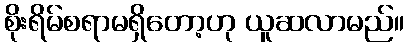
စိုးရိမ်စရာမရှိတော့ဟု ယူဆလာမည်။